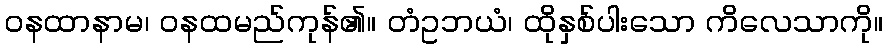
ဝနထာနာမ၊ ဝနထမည်ကုန်၏။ တံဥဘယံ၊ ထိုနှစ်ပါးသော ကိလေသာကို။